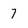
Character: 7